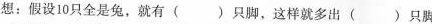
想：假设10只全是兔，就有()只脚，这样就多出()只脚；